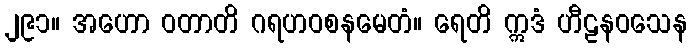
၂၉၁။ အဟော ဝတာတိ ဂရဟဝစနမေတံ။ ရေတိ ဣဒံ ဟီဠနဝသေန